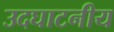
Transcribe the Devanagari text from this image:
उदघाटनीय